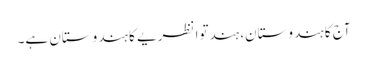
آج کا ہندوستان، ہندتوا نظریے کا ہندوستان ہے۔